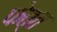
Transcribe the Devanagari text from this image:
फेत्त